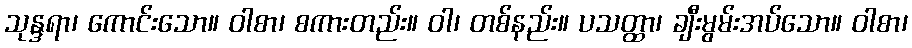
သုန္ဒရာ၊ ကောင်းသော။ ဝါစာ၊ စကားတည်း။ ဝါ၊ တစ်နည်း။ ပသတ္ထာ၊ ချီးမွမ်းအပ်သော။ ဝါစာ၊